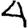
Digit: 4